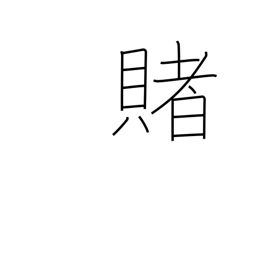
Meaning: wager